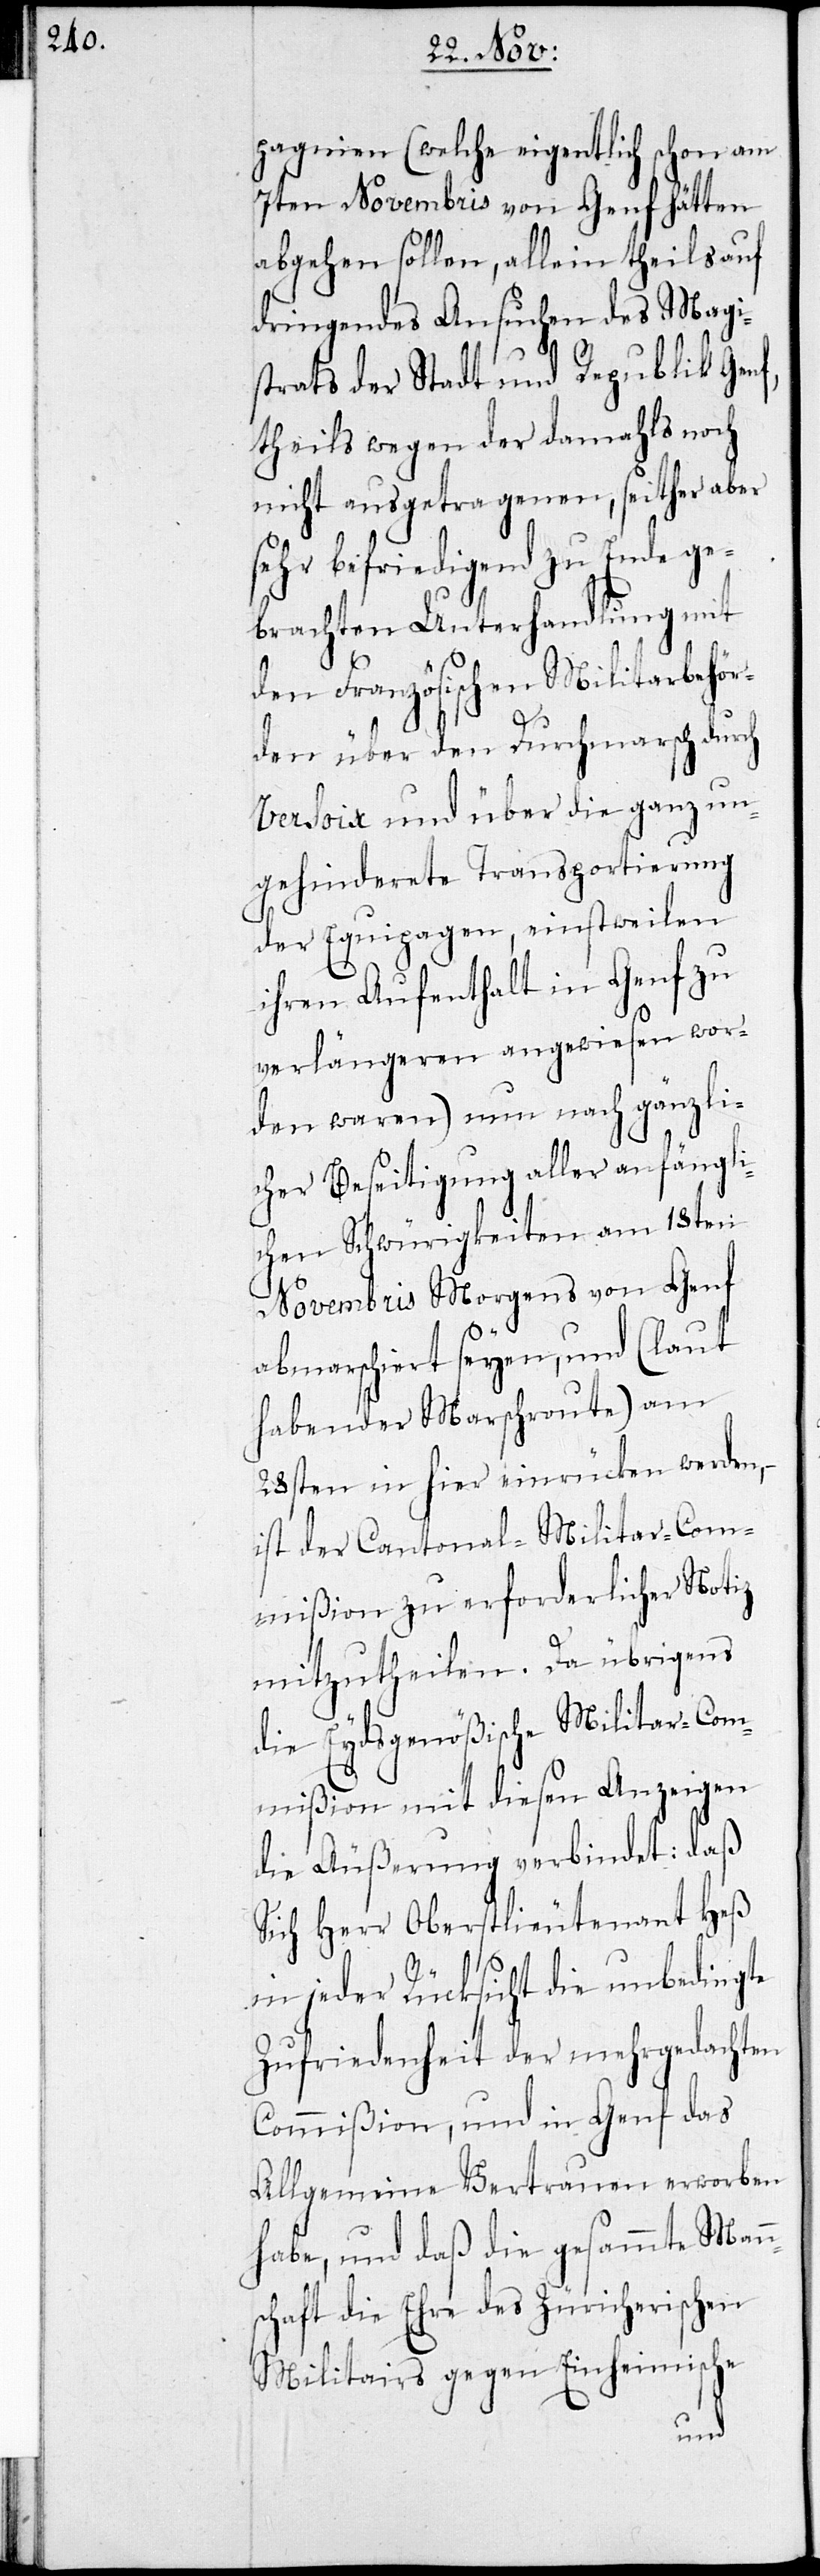
pagnien (welche eigentlich
schon am
7ten Novembris von Genf hätten
abgehen sollen, allein theils auf
dringendes Ansuchen des Magi¬
strats der Stadt und Republik Genf,
theils wegen der damahls noch
nicht ausgetragenen, seither aber
sehr befriedigend zu Ende ge¬
brachten Unterhandlung mit
den Französischen Militarbehör¬
den über den Durchmarsch durch
Bersoix und über die ganz un¬
gehinderete Transportierung
der Equipagen, einstweilen
ihren Aufenthalt in Genf zu
verlängeren angewiesen wor¬
den waren) nun nach gänzli¬
cher Beseitigung aller anfängli¬
chen Schwürigkeiten am 18ten
Novembris Morgens von Genf
abmarschiert seyen, und (laut
habender Marschroute) am
28sten in hier einrücken werden,
ist der Cantonal-Militar-Com¬
mißion zu erforderlicher Notiz
mitzutheilen. Da übrigens
die Eydsgenößische Militar-Com¬
mißion mit diesen Anzeigen
die Äußerung verbindet: daß
Sich Herr Oberstlieutenant Heß
in jeder Rücksicht die unbedingte
Zufriedenheit der mehrgedachten
Commißion, und in Genf das
Allgemeine Vertrauen erworben
habe, und daß die gesammte Mann¬
schaft die Ehre des Züricherischen
Militairs gegen Einheimische